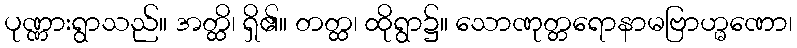
ပုဏ္ဏားရွာသည်။ အတ္ထိ၊ ရှိ၏။ တတ္ထ၊ ထိုရွာ၌။ သောဏုတ္တရောနာမဗြာဟ္မဏော၊